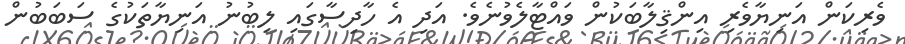
ވެރިކަން އަނިޔާވެރި އިންޤިލާބަކުން ވައްޓާލެވުނެވެ. އަދި އެ ހާދިސާގައި ލިބުނު އަނިޔާތަކުގެ ސަބަބުން